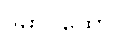
ဒွိဓာပထော